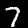
Label: 7